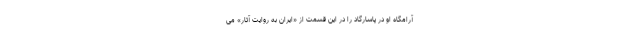
آرامگاه او در پاسارگاد را در این قسمت از «ایران به روایت آثار» می